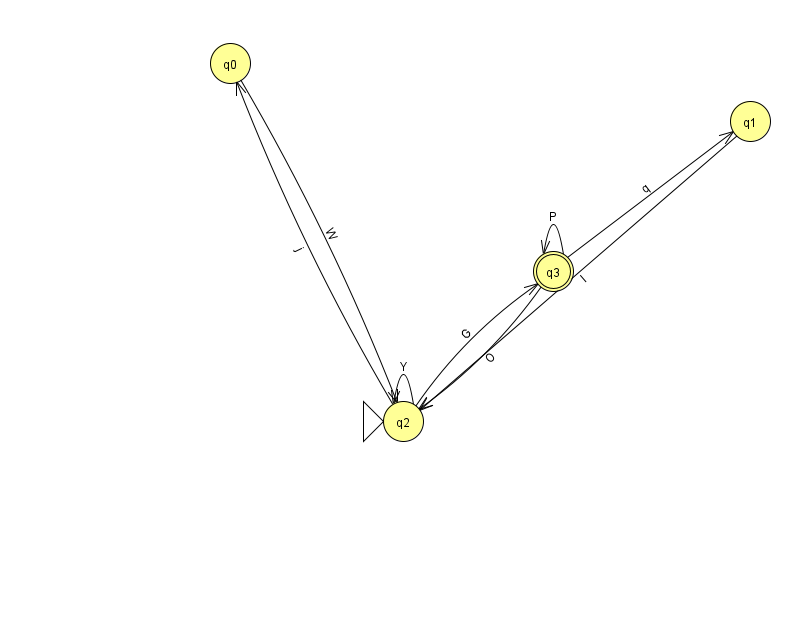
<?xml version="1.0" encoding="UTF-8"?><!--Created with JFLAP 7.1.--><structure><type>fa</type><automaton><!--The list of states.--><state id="0" name="q0"><x>230.0</x><y>50.0</y></state><state id="1" name="q1"><x>750.0</x><y>108.0</y></state><state id="2" name="q2"><x>403.0</x><y>408.0</y><initial/></state><state id="3" name="q3"><x>553.0</x><y>258.0</y><final/></state><!--The list of transitions.--><transition><from>3</from><to>3</to><read>P</read></transition><transition><from>2</from><to>3</to><read>G</read></transition><transition><from>2</from><to>0</to><read>j</read></transition><transition><from>3</from><to>1</to><read>q</read></transition><transition><from>0</from><to>2</to><read>W</read></transition><transition><from>2</from><to>2</to><read>Y</read></transition><transition><from>3</from><to>2</to><read>O</read></transition><transition><from>1</from><to>2</to><read>I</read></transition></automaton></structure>